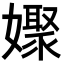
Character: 𡣞